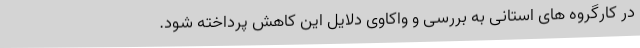
در کارگروه های استانی به بررسی و واکاوی دلایل این کاهش پرداخته شود.